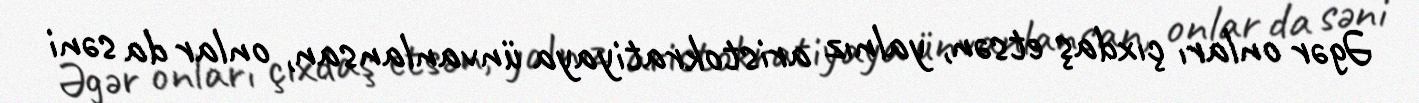
Əgər onları çıxdaş etsən, yalnız aristokratiyaya ünvanlansan, onlar da səni